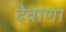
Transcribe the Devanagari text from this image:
देवाणा